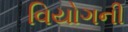
વિયોગની